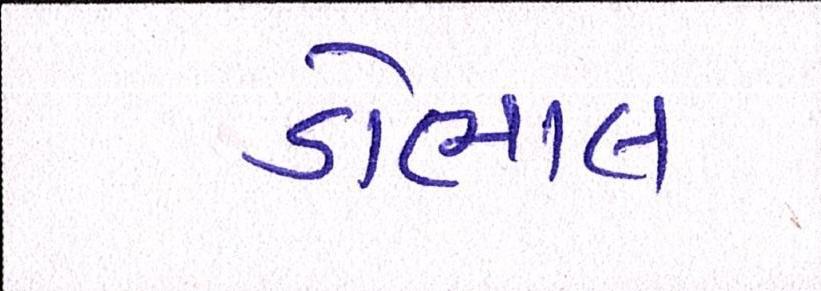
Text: ડોભાલ